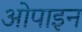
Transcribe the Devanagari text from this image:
ओपाइन